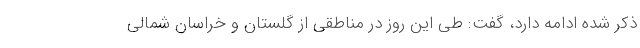
ذکر شده ادامه دارد، گفت: طی این روز در مناطقی از گلستان و خراسان شمالی